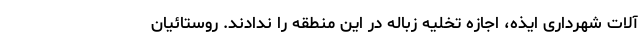
آلات شهرداری ایذه، اجازه تخلیه زباله در این منطقه را ندادند. روستائیان